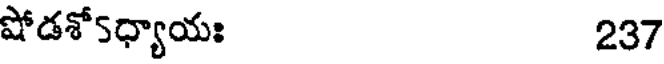
షోడశో5ధ్యాయః 237